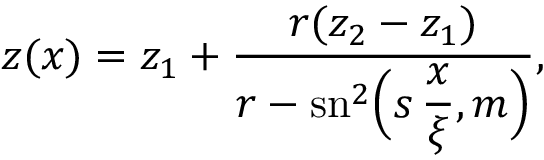
\begin{array} { l } { \displaystyle { z ( x ) = z _ { 1 } + \frac { r ( z _ { 2 } - z _ { 1 } ) } { r - \mathrm { s n } ^ { 2 } \Big ( \displaystyle { s \, \frac { x } { \xi } } , m \Big ) } , } } \end{array}